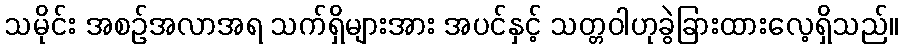
သမိုင်း အစဉ်အလာအရ သက်ရှိများအား အပင်နှင့် သတ္တဝါဟုခွဲခြားထားလေ့ရှိသည်။